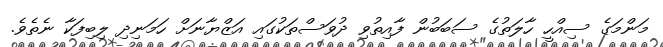
މަންމަގެ ސިއްހީ ހާލަތުގެ ސަބަބުން ފާއިތުވި ދުވަސްތަކުގައި އަޒްޔާނަށް ހަމަނިދި ލިބިފަކާ ނެތެވެ.